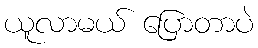
ယူလာမယ် ပြောတာပဲ